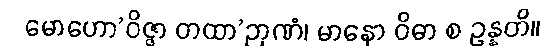
မောဟော’ဝိဇ္ဇာ တထာ’ဉာဏံ၊ မာနော ဝိဓာ စ ဥန္နတိ။